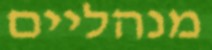
מנהליים